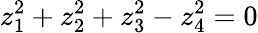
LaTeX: z_{1}^{2}+z_{2}^{2}+z_{3}^{2}-z_{4}^{2}=0